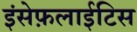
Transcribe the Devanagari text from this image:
इंसेफ़लाईटिस